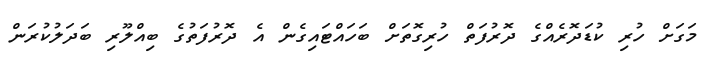
މަގަށް ހުރި ކުޑަދޮރެއްގެ ދޮރުފަތް ހުރިގޮތަށް ބަހައްޓައިގެން އެ ދޮރުފަތުގެ ބިއްލޫރި ބަދަލުކުރަން